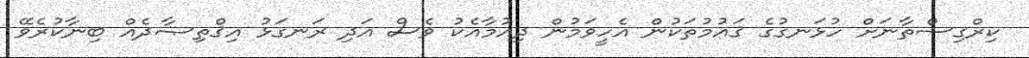
ކިރްގިސްތާނަށް ހުޅަނގުގެ ޤައުމުތަކުން އެހީވަމުން ދިއުމާއެކު ވެސް އަދި ރަނގަޅު އިޤްތިޞާދެއް ބިނާކުރެވޭ